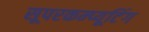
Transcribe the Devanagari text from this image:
सूपरकम्प्यूटिंग